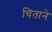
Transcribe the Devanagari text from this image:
चिताने